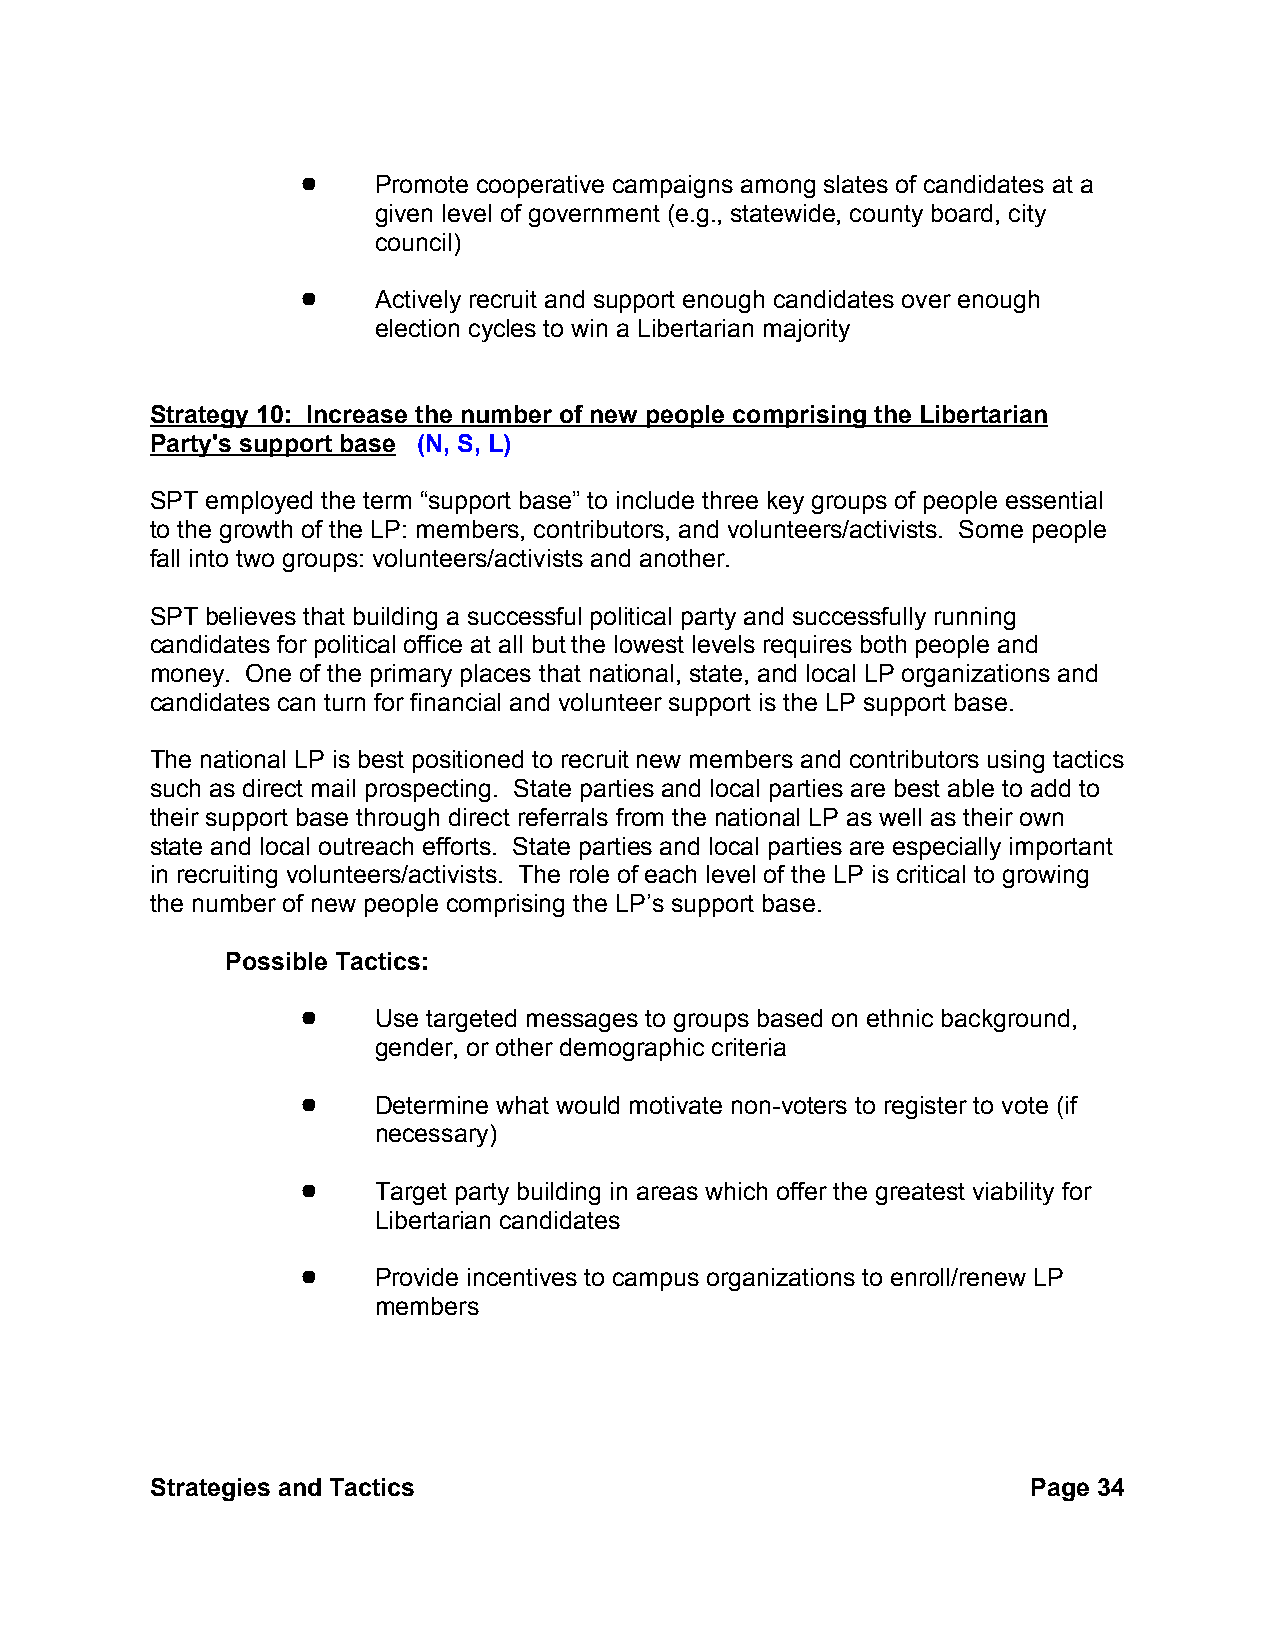
!    Promote cooperative campaigns among slates of candidates at a
 given level of government (e.g., statewide, county board, city
 council)
 !    Actively recruit and support enough candidates over enough
 election cycles to win a Libertarian majority
 Strategy 10: Increase the number of new people comprising the Libertarian
 Party's support base (N, S, L)
 SPT employed the term “support base” to include three key groups of people essential
 to the growth of the LP: members, contributors, and volunteers/activists. Some people
 fall into two groups: volunteers/activists and another.
 SPT believes that building a successful political party and successfully running
 candidates for political office at all but the lowest levels requires both people and
 money. One of the primary places that national, state, and local LP organizations and
 candidates can turn for financial and volunteer support is the LP support base.
 The national LP is best positioned to recruit new members and contributors using tactics
 such as direct mail prospecting. State parties and local parties are best able to add to
 their support base through direct referrals from the national LP as well as their own
 state and local outreach efforts. State parties and local parties are especially important
 in recruiting volunteers/activists. The role of each level of the LP is critical to growing
 the number of new people comprising the LP’s support base.
 Possible Tactics:
 !    Use targeted messages to groups based on ethnic background,
 gender, or other demographic criteria
 !    Determine what would motivate non-voters to register to vote (if
 necessary)
 !    Target party building in areas which offer the greatest viability for
 Libertarian candidates
 !    Provide incentives to campus organizations to enroll/renew LP
 members
 Strategies and Tactics                                    Page 34